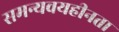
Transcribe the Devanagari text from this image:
समन्यवयहीनता